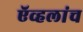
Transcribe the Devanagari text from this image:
ऍव्हलांच